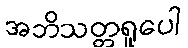
အဘိသတ္တရူပေါ